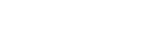
ဉာတိဂဏဝဂ္ဂံ